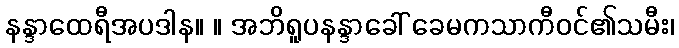
နန္ဒာထေရီအပဒါန။ ။ အဘိရူပနန္ဒာခေါ် ခေမကသာကီဝင်၏သမီး၊